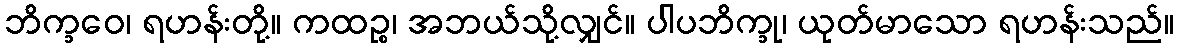
ဘိက္ခဝေ၊ ရဟန်းတို့။ ကထဉ္စ၊ အဘယ်သို့လျှင်။ ပါပဘိက္ခု၊ ယုတ်မာသော ရဟန်းသည်။